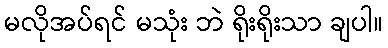
မလိုအပ်ရင် မသုံး ဘဲ ရိုးရိုးသာ ချပါ။